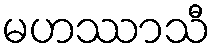
မဟဿာသီ